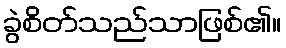
ခွဲစိတ်သည်သာဖြစ်၏။